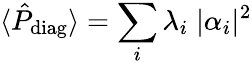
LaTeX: \langle\hat{P}_{\mathrm{diag}}\rangle=\sum_{i}\lambda_{i}\; |\alpha_{i}|^{2}